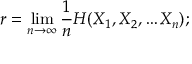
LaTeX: r = \operatorname* { l i m } _ { n \to \infty } { \frac { 1 } { n } } H ( X _ { 1 } , X _ { 2 } , \dots X _ { n } ) ;